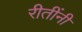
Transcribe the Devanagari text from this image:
रीतींनी